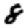
Digit: 8